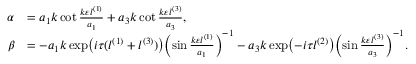
\begin{array} { r l } { \alpha } & { = a _ { 1 } k \cot \frac { k \varepsilon l ^ { ( 1 ) } } { a _ { 1 } } + a _ { 3 } k \cot \frac { k \varepsilon l ^ { ( 3 ) } } { a _ { 3 } } , } \\ { \beta } & { = - a _ { 1 } k \exp \bigl ( i \tau ( l ^ { ( 1 ) } + l ^ { ( 3 ) } ) \bigr ) \biggl ( \sin \frac { k \varepsilon l ^ { ( 1 ) } } { a _ { 1 } } \biggr ) ^ { - 1 } - a _ { 3 } k \exp \bigl ( - i \tau l ^ { ( 2 ) } \bigr ) \biggl ( \sin \frac { k \varepsilon l ^ { ( 3 ) } } { a _ { 3 } } \biggr ) ^ { - 1 } . } \end{array}